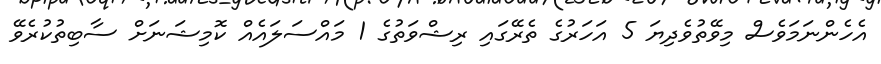
އެހެންނަމަވެސް މިވޭތުވެދިޔަ 5 އަހަރުގެ ތެރޭގައި ރިޝްވަތުގެ 1 މައްސަލައެއް ކޮމިޝަނަށް ސާބިތުކުރެވޭ